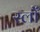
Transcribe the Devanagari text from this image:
स्लोँ